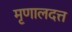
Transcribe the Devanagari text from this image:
मृणालदत्त